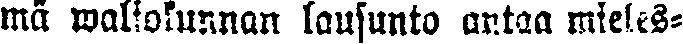
ma waliokunnan lausunto antaa mieles-